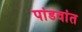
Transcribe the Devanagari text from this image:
पांडवांत